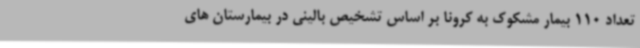
تعداد 110 بیمار مشکوک به کرونا بر اساس تشخیص بالینی در بیمارستان های